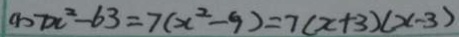
( 1 ) 7 x ^ { 2 } - 6 3 = 7 ( x ^ { 2 } - 9 ) = 7 ( x + 3 ) ( x - 3 )